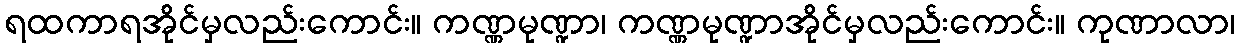
ရထကာရအိုင်မှလည်းကောင်း။ ကဏ္ဏမုဏ္ဍာ၊ ကဏ္ဏမုဏ္ဍာအိုင်မှလည်းကောင်း။ ကုဏာလာ၊